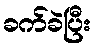
ခက်ခဲပြီး